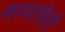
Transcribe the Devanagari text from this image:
कापलेली